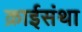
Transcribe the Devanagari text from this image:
क्राईसंथा